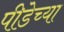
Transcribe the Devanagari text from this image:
पीडेच्या